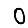
Digit: 0